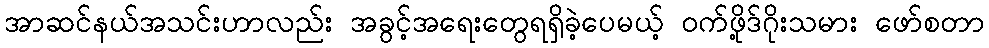
အာဆင်နယ်အသင်းဟာလည်း အခွင့်အရေးတွေရရှိခဲ့ပေမယ့် ဝက်ဖို့ဒ်ဂိုးသမား ဖော်စတာ